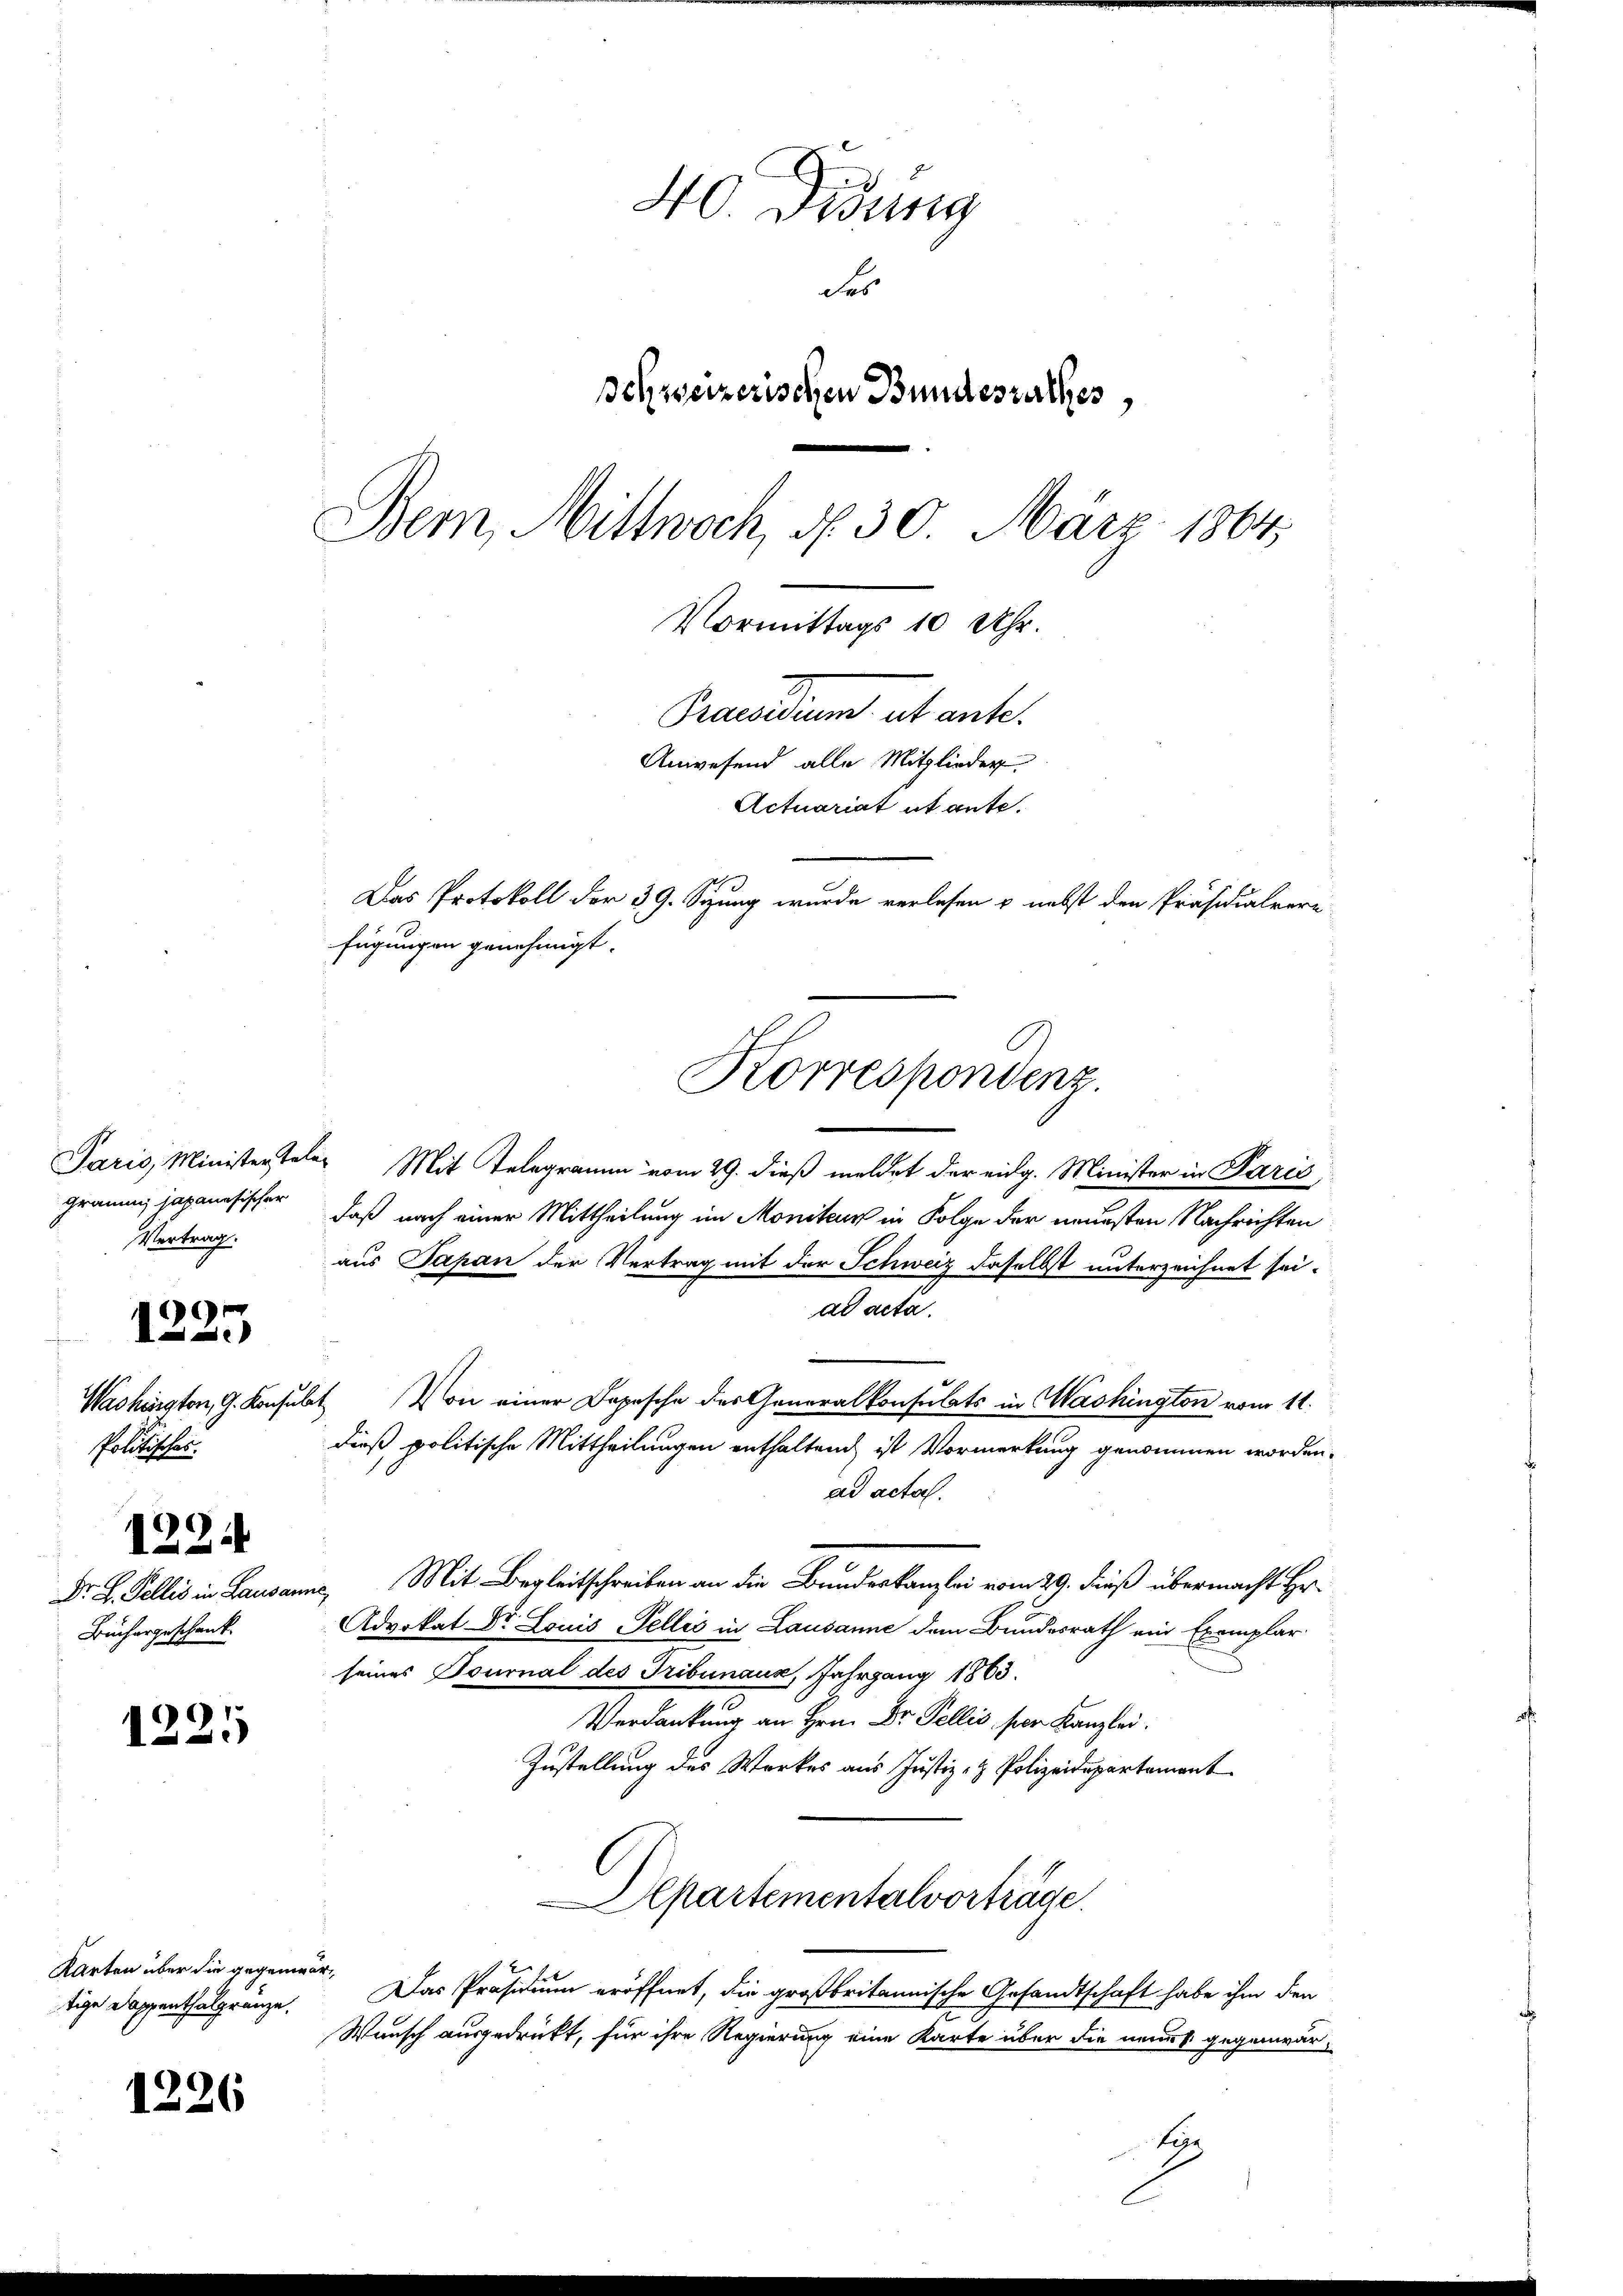
graum japanesischer
Vertrag.

Paris, Ministersteler Mit Telegramm vom 29. dieß meldet der eidg. Minister in Paris
daß nach einer Mittheilung im Moniteur in Folge der neuesten Nachrichten
aus Papan der Vertrag mit der Schweiz daselbst unterzeichnet sei.
ad acta.
Washington, 9. Konsult Von einer Depesche der Generalkonsulats in Washington vom 11.
dieß politische Mittheilungen enthaltend ist Vormerkung genommen worden.
Politisches.
ad acta.
1224
Dr. L. Pollis in Lausanne, Mit Begleitschreiben an die Bunderkanzlei vom 29. dieß übermacht Er¬
Advokat Dr. Louis Fellis in Lausanne dem Bundesrath ein Exemplar
Büchergeschenk
seines Tournal des Tribunaus, Jahrgang 1863.
6
Verdankung an Hrn. Dr. Pellis, per Kanzlei.
12
Zustellung des Werkes aus Justiz- & Polizeidepartement
Departementalvorträge.
Karten über die gegenwär¬
Das Präsidium eröffnet, die großbritannische Gesandtschaft habe ihm den
tige Doppenthalgränze.
Wunsch ausgedruckt, für ihre Regierung eine Karte über die neues gegenwär¬
1226
be

1225

40. Didung
des
Schweizerischen Bundesrathes
Bem, Mittwoch, d. 30. März 1864.
Vormittags 10 Uhr.
Praesidium et ante.
Anwesend alle Mitglieder
Actuariat et ante.
Das Protokoll der 39. Stung wurde verlesen & nebst den Präsidialvere
fügungen genehmigt.

Korrespondenz.

d